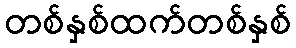
တစ်နှစ်ထက်တစ်နှစ်